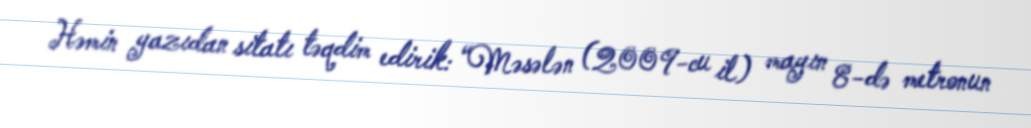
Həmin yazıdan sitatı təqdim edirik: “Məsələn (2009-cu il) mayın 8-də metronun